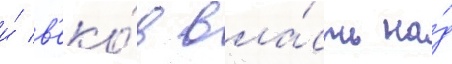
и́ в'еко́в вла́сть на́д